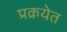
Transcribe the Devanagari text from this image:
प्रक्रयेत